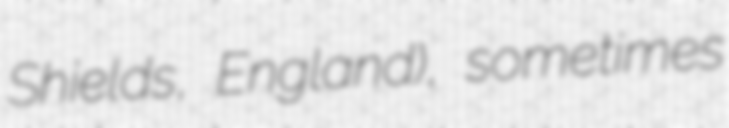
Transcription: Shields, England), sometimes